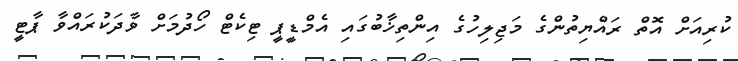
ކުރިއަށް އޮތް ރައްޔިތުންގެ މަޖިލިހުގެ އިންތިޚާބުގައި އެމްޑީޕީ ޓިކެޓް ހޯދުމަށް ވާދަކުރައްވާ ޕާޓީ